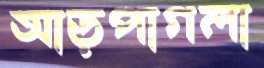
আড়পাগলা